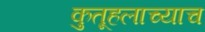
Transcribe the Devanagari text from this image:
कुतूहलाच्याच